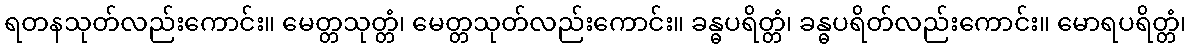
ရတနသုတ်လည်းကောင်း။ မေတ္တသုတ္တံ၊ မေတ္တသုတ်လည်းကောင်း။ ခန္ဓပရိတ္တံ၊ ခန္ဓပရိတ်လည်းကောင်း။ မောရပရိတ္တံ၊